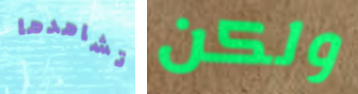
تشاهدها ولكن